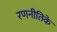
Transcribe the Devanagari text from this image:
रणनीतिके